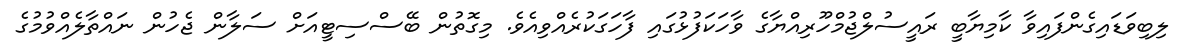
ލިބިވަޑައިގެންފައިވާ ކާމިޔާބީ ރައީސުލްޖުމްހޫރިއްޔާގެ ވާހަކަފުޅުގައި ފާހަގަކުރެއްވިއެވެ. މިގޮތުން ބޭސްސިޓީއަށް ސަލާން ޖެހުން ނައްތާލެއްވުމުގެ